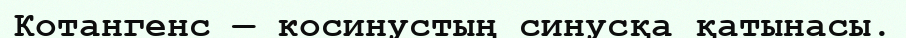
Котангенс — косинустың синусқа қатынасы.